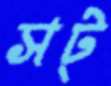
সট্‌